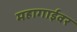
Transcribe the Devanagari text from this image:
महागाईवर